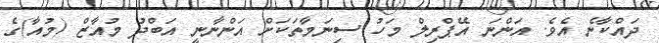
ދައްކާނެ އެވެ. އަންނަ އޭޕްރިލް މަހު ސިނަމާތަކަށް އަންނާނީ އަބްދު މުއާޒް (މުއާ)ގެ